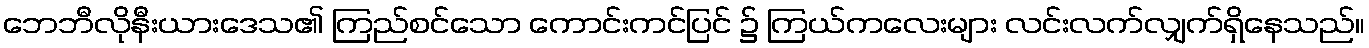
ဘေဘီလိုနီးယားဒေသ၏ ကြည်စင်သော ကောင်းကင်ပြင် ၌ ကြယ်ကလေးများ လင်းလက်လျှက်ရှိနေသည်။